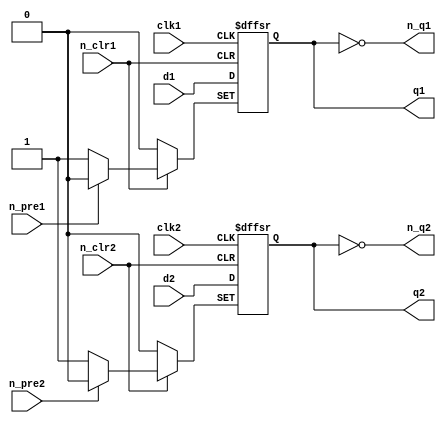
//74LS74 Chip pinout:
/*        _____________
        _|             |_
n_clr1 |_|1          14|_| VCC
        _|             |_                     
d1     |_|2          13|_| n_clr2
        _|             |_
clk1   |_|3          12|_| d2
        _|             |_
n_pre1 |_|4          11|_| clk2
        _|             |_
q1     |_|5          10|_| n_pre2
        _|             |_
n_q1   |_|6           9|_| q2
        _|             |_
GND    |_|7           8|_| n_q2
         |_____________|
*/

module ls74
(
	input  n_pre1, n_pre2,
	input  n_clr1, n_clr2,
	input  clk1, clk2,
	input  d1, d2,
	output reg q1, q2,
    output n_q1, n_q2
);

always @(posedge clk1 or negedge n_pre1 or negedge n_clr1) begin
	if(!n_pre1)
		q1 <= 1;
	else if(!n_clr1)
		q1 <= 0;
	else
		q1 <= d1;
end
assign n_q1 = ~q1;
	
always @(posedge clk2 or negedge n_pre2 or negedge n_clr2) begin
	if(!n_pre2)
		q2 <= 1;
	else if(!n_clr2)
		q2 <= 0;
	else
		q2 <= d2;
end
assign n_q2 = ~q2;

endmodule

//74LS107 Chip pinout:
/*     _____________
     _|             |_
1J  |_|1          14|_| VCC
     _|             |_                     
1nQ |_|2          13|_| 1nCLR
     _|             |_
1Q  |_|3          12|_| 1CK
     _|             |_
1K  |_|4          11|_| 2K
     _|             |_
2Q  |_|5          10|_| 2nCLR
     _|             |_
2nQ |_|6           9|_| 2CK
     _|             |_
GND |_|7           8|_| 2J
      |_____________|
*/

module ls107(
   input clear, 
   input clk, 
   input j, 
   input k, 
   output reg q, 
   output qnot
);

assign qnot=~q;
  always @(negedge clk or negedge clear) begin
	if (!clear) q<=1'b0; else
		case ({j, k})
		2'b00: q<=q;
		2'b01: q<=1'b0;
		2'b10: q<=1'b1;
		2'b11: q<=~q;
		endcase
  end
endmodule

//74LS161 Chip pinout:
/*        _____________
        _|             |_
n_clr  |_|1          16|_| VCC
        _|             |_                     
clk    |_|2          15|_| rco
        _|             |_
din(0) |_|3          14|_| q(0)
        _|             |_
din(1) |_|4          13|_| q(1)
        _|             |_
din(2) |_|5          12|_| q(2)
        _|             |_
din(3) |_|6          11|_| q(3)
        _|             |_
enp    |_|7          10|_| ent
        _|             |_
GND    |_|8           9|_| n_load
         |_____________|
*/

module ls161 //asynchronous reset/clear
(
	input        n_clr,
	input        clk,
	input  [3:0] din,
	input        enp, ent,
	input        n_load,
	output [3:0] q,
	output       rco
);

  reg [3:0] data = 4'b0;

always @(posedge clk or negedge n_clr) begin
	if(!n_clr)
		data <= 4'd0;
	else
		if(!n_load)
			data <= din;
		else if(enp && ent)
			data <= data + 4'd1;
end

assign q = data;
assign rco = data[0] & data[1] & data[2] & data[3] & ent;

endmodule